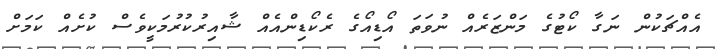
އެއްޗަކުން ނަގާ ކޯޓުގެ މަންޒަރެއް ނުވަތަ އޯޑިއޯގެ ރެކޯޑިންއެއް ޝާއިރުކުރުމަކީވެސް ކުށެއް ކަމަށް